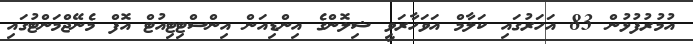
އުމުރުފުޅުން 83 އަހަރުގައި ކަލާމް އަވަހާރަވީ ޝިލޮންގެ އިންޑިއަން އިންސްޓިޓިއުޓް އޮފް މެނޭޖްމަންޓުގައި